Plague in India, 1896, 1897 - Volume 2
Year: 1896
Disease focus: Plague
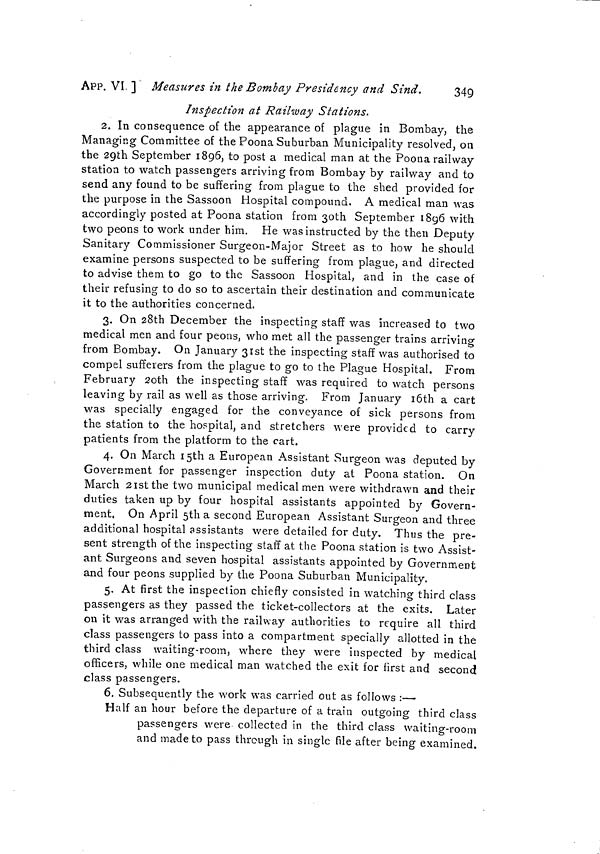
APP. VI. ] Measures in the Bombay Presidency and Sind.
349
Inspection at Railway Stations.
2. In consequence of the appearance of plague in Bombay, the
Managing Committee of the Poona Suburban Municipality resolved, on
the 29th September 1896, to post a medical man at the Poona railway
station to watch passengers arriving from Bombay by railway and to
send any found to be suffering from plague to the shed provided for
the purpose in the Sassoon Hospital compound, A medical man was
accordingly posted at Poona station from 3oth September 1896 with
two peons to work under him. He was instructed by the then Deputy
Sanitary Commissioner Surgeon-Major Street as to how he should
examine persons suspected to be suffering from plague, and directed
to advise them to go to the Sassoon Hospital, and in the case of
their refusing to do so to ascertain their destination and communicate
it to the authorities concerned.
3. On 28th December the inspecting staff was increased to two
medical men and four peons, who met all the passenger trains arriving
from Bombay. On January 31st the inspecting staff was authorised to
compel sufferers from the plague to go to the Plague Hospital. From
February 2oth the inspecting staff was required to watch persons
leaving by rail as well as those arriving. From January 16th a cart
was specially engaged for the conveyance of sick persons from
the station to the hospital, and stretchers were provided to carry
patients from the platform to the cart.
4. On March I5th a European Assistant Surgeon was deputed by
Government for passenger inspection duty at Poona station. On
March 21st the two municipal medical men were withdrawn and their
duties taken up by four hospital assistants appointed by Govern-
ment. On April 5th a second European Assistant Surgeon and three
additional hospital assistants were detailed for duty. Thus the pre-
sent strength of the inspecting staff at the Poona station is two Assist-
ant Surgeons and seven hospital assistants appointed by Government
and four peons supplied by the Poona Suburban Municipality.
5. At first the inspection chiefly consisted in watching third class
passengers as they passed the ticket-collectors at the exits. Later
on it was arranged with the railway authorities to require all third
class passengers to pass into a compartment specially allotted in the
third class waiting-room, where they were inspected by medical
officers, while one medical man watched the exit for first and second
class passengers.
6. Subsequently the work was carried out as follows :—
Half an hour before the departure of a train outgoing third class
passengers were collected in the third class waiting-room
and made to pass through in single file after being examined.